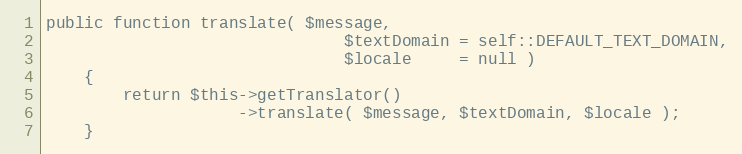
Language: PHP
public function translate( $message,
                               $textDomain = self::DEFAULT_TEXT_DOMAIN,
                               $locale     = null )
    {
        return $this->getTranslator()
                    ->translate( $message, $textDomain, $locale );
    }